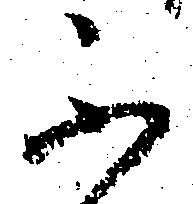
不